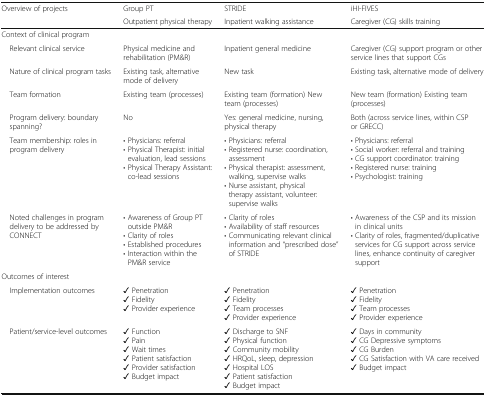
<table><thead><tr><td rowspan="2"><b>Overview of projects</b></td><td><b>Group PT</b></td><td><b>STRIDE</b></td><td><b>iHI-FIVES</b></td></tr><tr><td><b>Outpatient physical therapy</b></td><td><b>Inpatient walking assistance</b></td><td><b>Caregiver (CG) skills training</b></td></tr></thead><tbody><tr><td colspan="4">Context of clinical program</td></tr><tr><td> Relevant clinical service</td><td>Physical medicine and rehabilitation (PM&amp;R)</td><td>Inpatient general medicine</td><td>Caregiver (CG) support program or other service lines that support CGs</td></tr><tr><td> Nature of clinical program tasks</td><td>Existing task, alternative mode of delivery</td><td>New task</td><td>Existing task, alternative mode of delivery</td></tr><tr><td> Team formation</td><td>Existing team (processes)</td><td>Existing team (formation) New team (processes)</td><td>New team (formation) Existing team (processes)</td></tr><tr><td> Program delivery: boundary spanning?</td><td>No</td><td>Yes: general medicine, nursing, physical therapy</td><td>Both (across service lines, within CSP or GRECC)</td></tr><tr><td> Team membership: roles in program delivery</td><td>• Physicians: referral• Physical Therapist: initial evaluation, lead sessions• Physical Therapy Assistant: co-lead sessions</td><td>• Physicians: referral• Registered nurse: coordination, assessment• Physical therapist: assessment, walking, supervise walks• Nurse assistant, physical therapy assistant, volunteer: supervise walks</td><td>• Physicians: referral• Social worker: referral and training• CG support coordinator: training• Registered nurse: training• Psychologist: training</td></tr><tr><td> Noted challenges in program delivery to be addressed by CONNECT</td><td>• Awareness of Group PT outside PM&amp;R• Clarity of roles• Established procedures• Interaction within the PM&amp;R service</td><td>• Clarity of roles• Availability of staff resources• Communicating relevant clinical information and “prescribed dose” of STRIDE</td><td>• Awareness of the CSP and its mission in clinical units• Clarity of roles, fragmented/duplicative services for CG support across service lines, enhance continuity of caregiver support</td></tr><tr><td colspan="4">Outcomes of interest</td></tr><tr><td> Implementation outcomes</td><td>✓ Penetration✓ Fidelity✓ Provider experience</td><td>✓ Penetration✓ Fidelity✓ Team processes✓ Provider experience</td><td>✓ Penetration✓ Fidelity✓ Team processes✓ Provider experience</td></tr><tr><td> Patient/service-level outcomes</td><td>✓ Function✓ Pain✓ Wait times✓ Patient satisfaction✓ Provider satisfaction✓ Budget impact</td><td>✓ Discharge to SNF✓ Physical function✓ Community mobility✓ HRQoL, sleep, depression✓ Hospital LOS✓ Patient satisfaction✓ Budget impact</td><td>✓ Days in community✓ CG Depressive symptoms✓ CG Burden✓ CG Satisfaction with VA care received✓ Budget impact</td></tr></tbody></table>